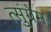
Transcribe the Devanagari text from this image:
त्सुंग्रेम